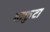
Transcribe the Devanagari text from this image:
माफ़ुटा